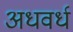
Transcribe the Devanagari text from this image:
अधवर्ध